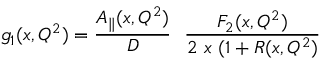
g _ { 1 } ( x , Q ^ { 2 } ) = \frac { A _ { \| } ( x , Q ^ { 2 } ) } { D } ~ ~ \frac { F _ { 2 } ( x , Q ^ { 2 } ) } { 2 ~ x ~ ( 1 + R ( x , Q ^ { 2 } ) }